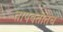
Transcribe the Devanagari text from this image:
तापवतातच